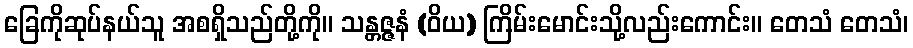
ခြေကိုဆုပ်နယ်သူ အစရှိသည်တို့ကို။ သန္တဇ္ဇနံ (ဝိယ) ကြိမ်းမောင်းသို့လည်းကောင်း။ တေသံ တေသံ၊